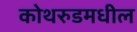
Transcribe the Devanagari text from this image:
कोथरुडमधील